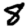
Digit: 8